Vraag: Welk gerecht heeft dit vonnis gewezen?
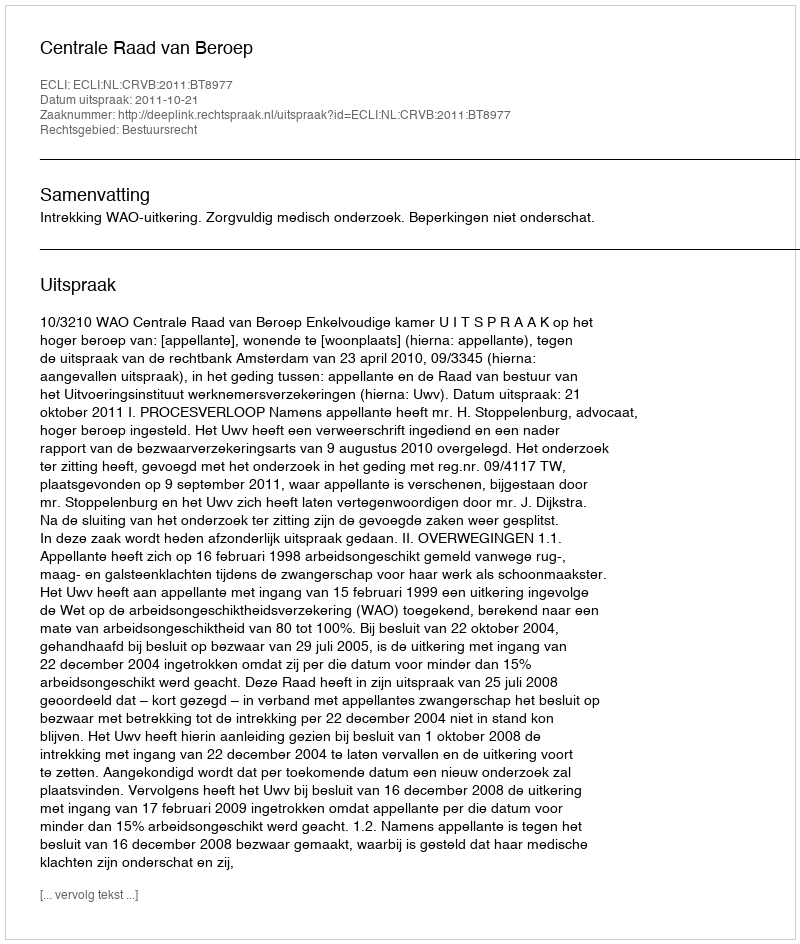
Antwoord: Centrale Raad van Beroep